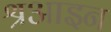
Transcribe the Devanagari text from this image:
श्रआइन